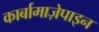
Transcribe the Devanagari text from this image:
कार्बामाज़ेपाइन